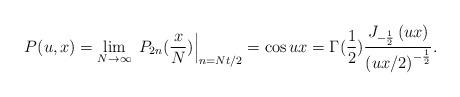
LaTeX: \begin{align*}P(u,x)=\lim_{N\rightarrow\infty}\left.\,P_{2n}(\frac{x}{N})\right|_{n=Nt/2}=\cos u x =\Gamma(\frac12) \frac{J_{-\frac12}\left( u x \right) }{\left( u x/2 \right)^{-\frac12}}.\end{align*}